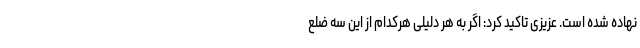
نهاده شده است. عزیزی تاکید کرد: اگر به هر دلیلی هرکدام از این سه ضلع